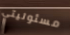
مسئوليتي